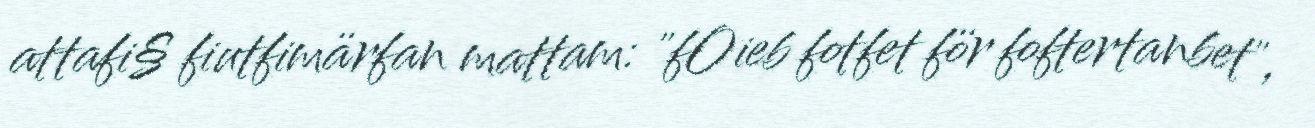
attafi§ fiutfimärfan mattam: "fOieb fotfet för foftertanbet",